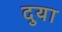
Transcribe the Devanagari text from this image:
दुया